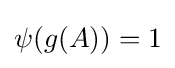
{\textstyle \psi (g(A))=1}